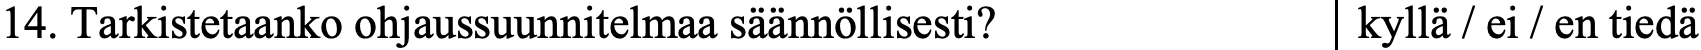
14. Tarkistetaanko ohjaussuunnitelmaa säännöllisesti? kyllä / ei / en tiedä